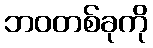
ဘဝတစ်ခုကို